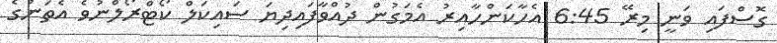
ގޮސްފައި ވަނީ މިރޭ 6:45 އެހާކަންހާއިރު އެމަގުން ދުއްވާފައިދިޔަ ސައިކަލް ކޯޓްރޯލްނުވެ އެތަނުގެ